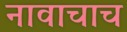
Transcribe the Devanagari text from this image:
नावाचाच